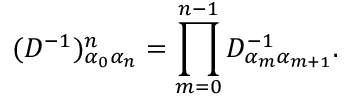
( D ^ { - 1 } ) _ { \alpha _ { 0 } \alpha _ { n } } ^ { n } = \prod _ { m = 0 } ^ { n - 1 } D _ { \alpha _ { m } \alpha _ { m + 1 } } ^ { - 1 } .